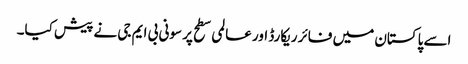
اسے پاکستان میں فائر ریکارڈ اور عالمی سطح پر سونی بی ایم جی نے پیش کیا۔